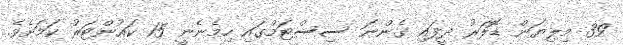
39 މިލިޔަން ޑޮލަރު ދީފައި ގެންނަ ސިސްޓަމްގައި ހިމެނެނީ 15 ކައުންޓަރު ކަމަށެވެ.